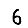
Digit: 6